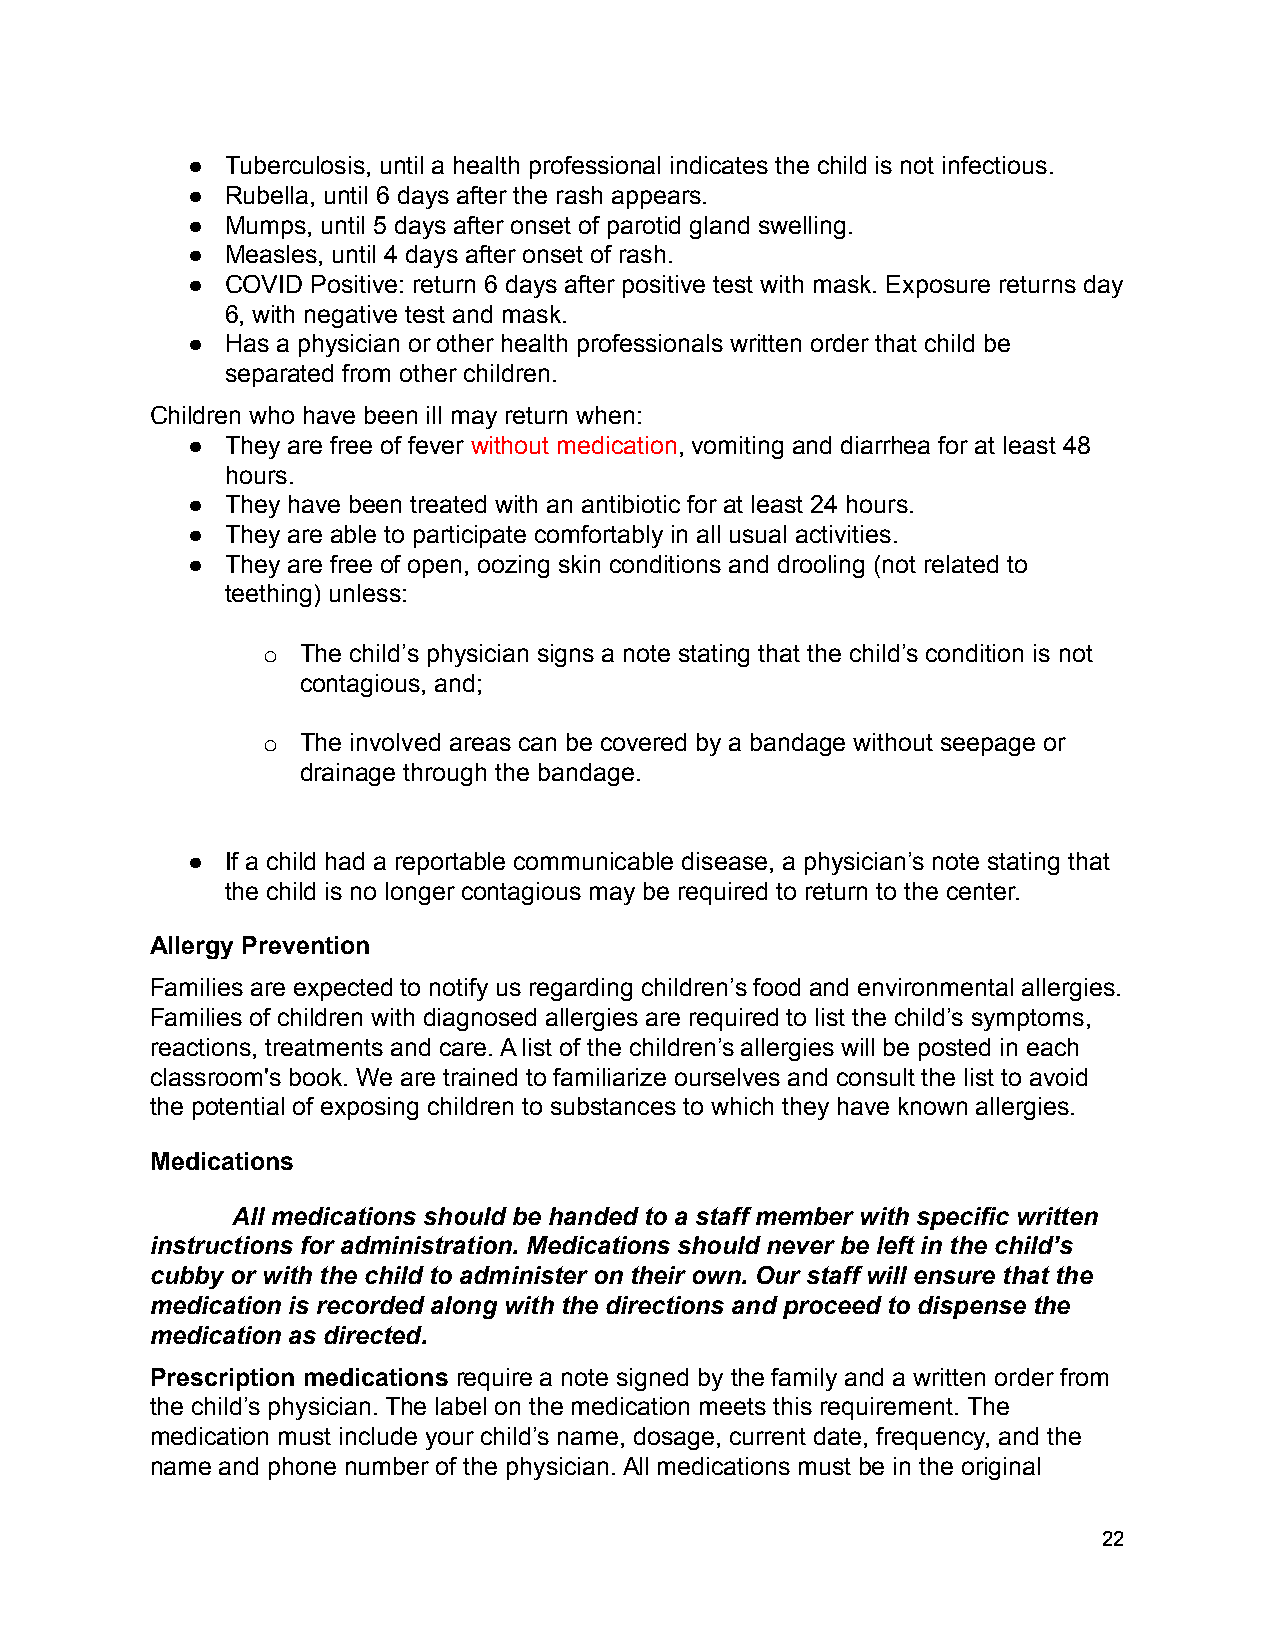
●  Tuberculosis, until a health professional indicates the child is not infectious.
 ●  Rubella, until 6 days after the rash appears.
 ●  Mumps, until 5 days after onset of parotid gland swelling.
 ●  Measles, until 4 days after onset of rash.
 ●  COVID Positive: return 6 days after positive test with mask. Exposure returns day
 6, with negative test and mask.
 ●  Has a physician or other health professionals written order that child be
 separated from other children.
 Children who have been ill may return when:
 ●  They are free of fever without medication, vomiting and diarrhea for at least 48
 hours.
 ●  They have been treated with an antibiotic for at least 24 hours.
 ●  They are able to participate comfortably in all usual activities.
 ●  They are free of open, oozing skin conditions and drooling (not related to
 teething) unless:
 o  The child’s physician signs a note stating that the child’s condition is not
 contagious, and;
 o  The involved areas can be covered by a bandage without seepage or
 drainage through the bandage.
 ●  If a child had a reportable communicable disease, a physician’s note stating that
 the child is no longer contagious may be required to return to the center.
 Allergy Prevention
 Families are expected to notify us regarding children’s food and environmental allergies.
 Families of children with diagnosed allergies are required to list the child’s symptoms,
 reactions, treatments and care. A list of the children’s allergies will be posted in each
 classroom's book. We are trained to familiarize ourselves and consult the list to avoid
 the potential of exposing children to substances to which they have known allergies.
 Medications
 All medications should be handed to a staff member with specific written
 instructions for administration. Medications should never be left in the child’s
 cubby or with the child to administer on their own. Our staff will ensure that the
 medication is recorded along with the directions and proceed to dispense the
 medication as directed.
 Prescription medications require a note signed by the family and a written order from
 the child’s physician. The label on the medication meets this requirement. The
 medication must include your child’s name, dosage, current date, frequency, and the
 name and phone number of the physician. All medications must be in the original
 22